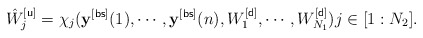
\begin{align*}\hat{W}^{[{\sf u}]}_j=\chi_j(\mathbf{y}^{[{\sf bs}]}(1),\cdots,\mathbf{y}^{[{\sf bs}]}(n),W_1^{[{\sf d}]},\cdots,W_{N_1}^{[{\sf d}]}) j\in[1:N_2]. \end{align*}